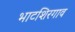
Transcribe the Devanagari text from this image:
भाटशिरगाव